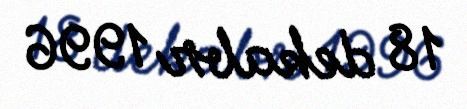
18 dekabr 1996